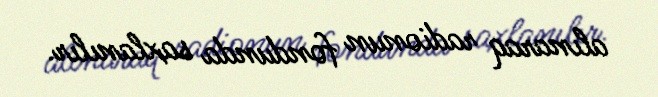
alınaraq radionun fondunda saxlanılır.